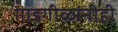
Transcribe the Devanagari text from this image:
गाडगीळांनीही